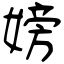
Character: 嫎